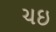
ચઇ